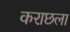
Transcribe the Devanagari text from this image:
कराछला